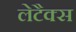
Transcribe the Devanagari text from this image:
लेटैक्स